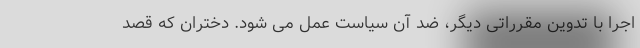
اجرا با تدوین مقرراتی دیگر، ضد آن سیاست عمل می شود. دختران که قصد